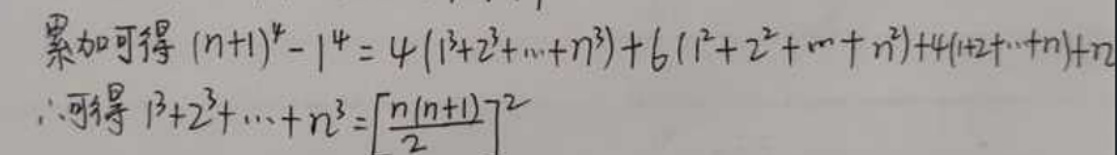
累加可得\((n + 1)^4-1^4=4(1^3 + 2^3+\cdots + n^3)+6(1^2 + 2^2+\cdots + n^2)+4(1 + 2+\cdots + n)+n\)\\
\(\therefore\)可得\(1^3+2^3+\cdots + n^3=\left[\frac{n(n + 1)}{2}\right]^2\)